Annual report of the Bengal Veterinary College and of the Civil Veterinary Department, Bengal, for the year 1915-16 - 1915-1916
Year: 1915
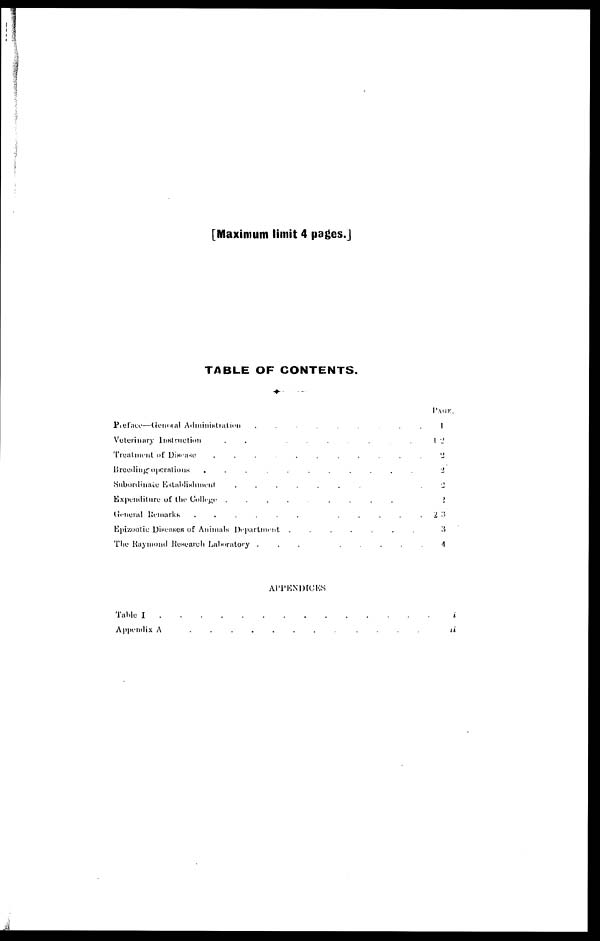
[Maximum limit 4 pages.]
TABLE OF CONTENTS.
Preface—General
Administration
.........
Veterinary Instruction
.....................
Treatment of
Disease
...........
Breeding operations
...........
Subordinate Establishment
.......
Expenditure of the College . . . .. . .. . .. . . .. . .. . . .. . . .. . . . . .
General Remarks
..........
Epizootic Diseases of Animals Department
.......
The Raymond Research Laboratory
........
APPENICES
Table I
.
.
.
.
.
.
.
.
.
.
.
.
.
Appendix A . . . . . . . .
PAGE.
1
12
2
2
2
2
23
3
4
i
ii